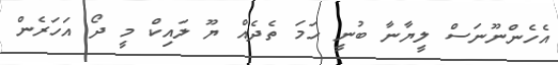
އެހެންނޫނަސް ލީޔާނާ ބުނީ ހަމަ ތެދެއް ޔޫ ލައިކް މީ ދޯ އަހަރެން